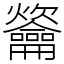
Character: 䶴